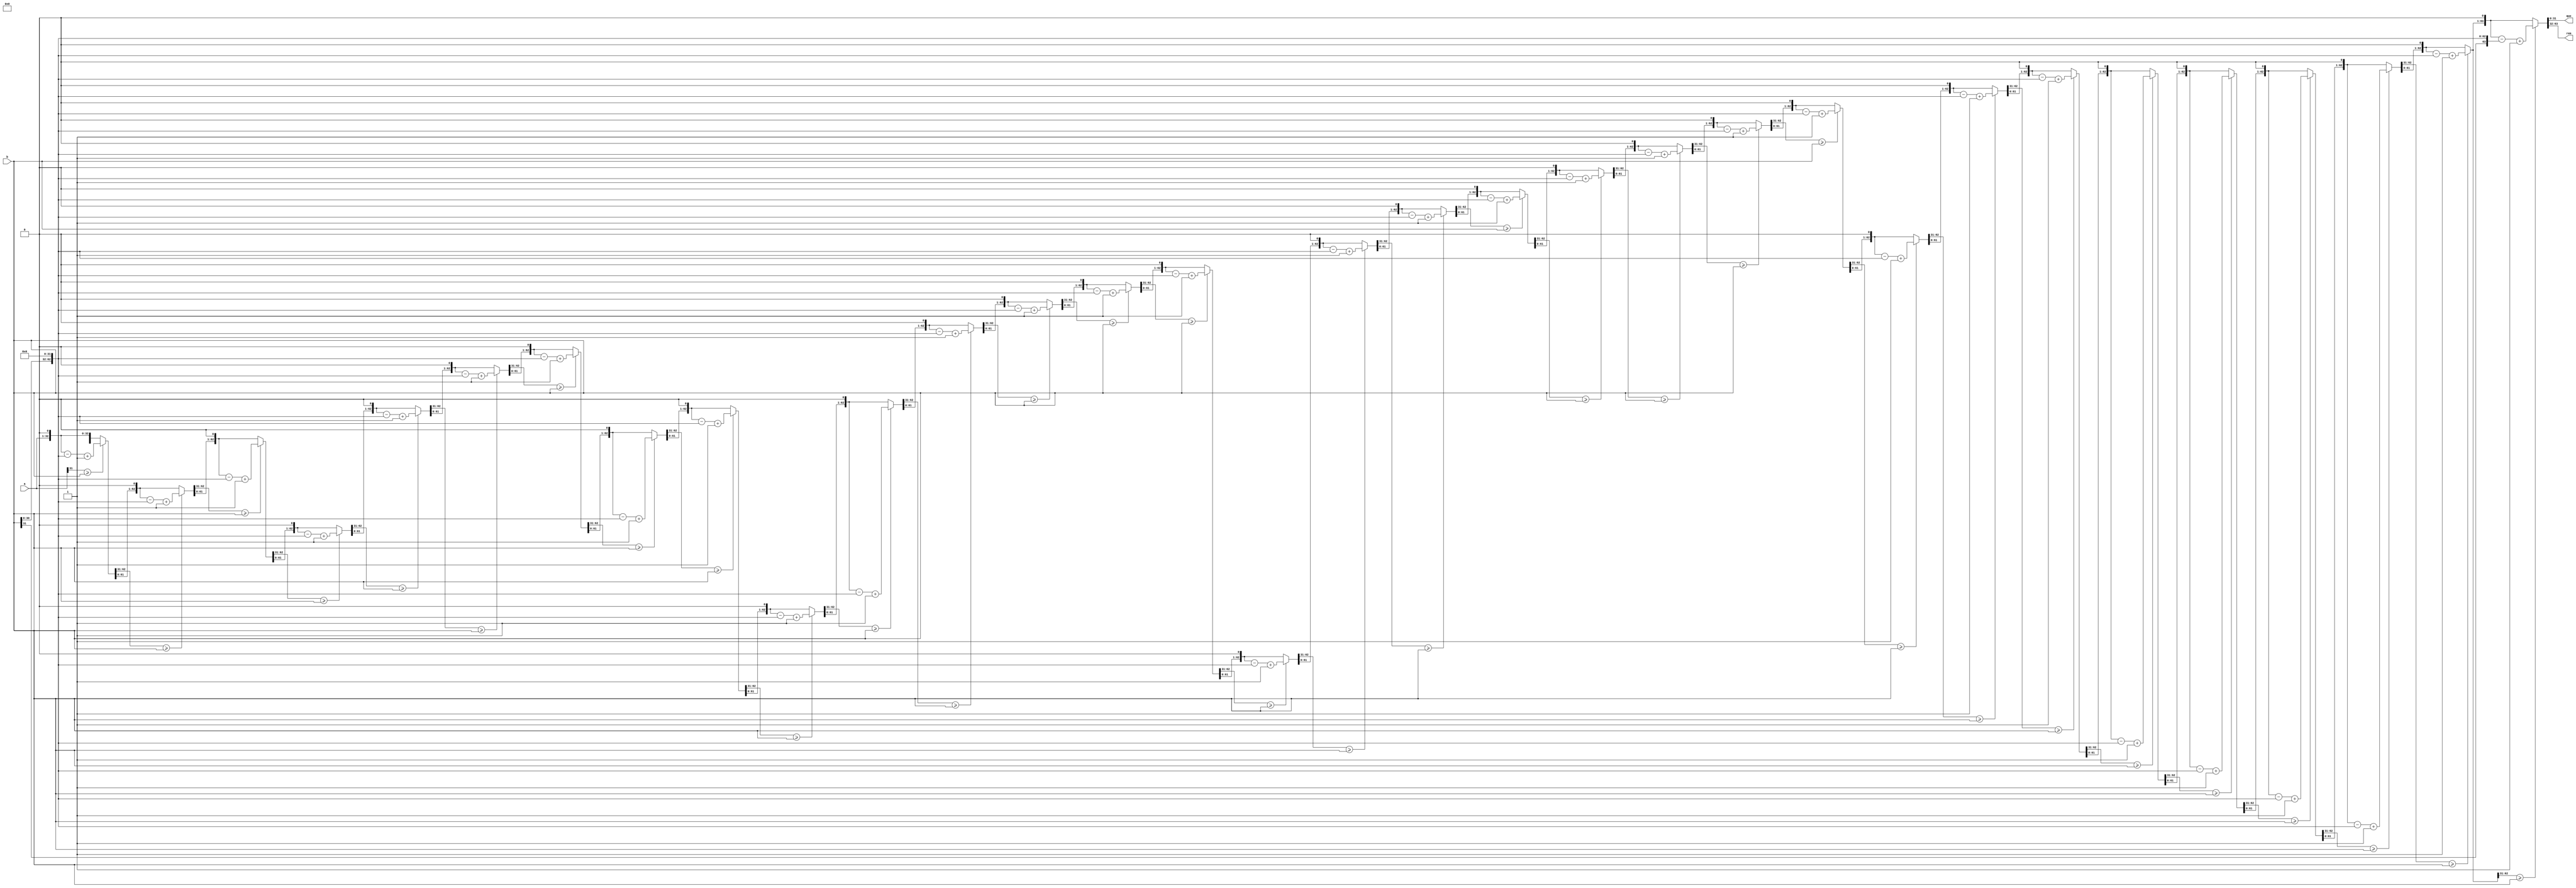
module div(
    input[31:0] a, 
    input[31:0] b,   //b==0quo=0, rem=a;

    output reg [31:0] quo,
    output reg [31:0] rem
);

reg[31:0] tempa;
reg[31:0] tempb;
reg[63:0] temp_a;
reg[63:0] temp_b;

integer i;
always @(a or b)
begin
    tempa <= a;
    tempb <= b;
end

always @(tempa or tempb)
begin
    temp_a = {32'h00000000,tempa};
    temp_b = {tempb,32'h00000000}; 
    for(i = 0;i < 32;i = i + 1)
        begin
            temp_a = {temp_a[62:0],1'b0};
            if(temp_a[63:32] >= tempb)
                temp_a = temp_a - temp_b + 1'b1;
            else
				temp_a = temp_a;
        end
    quo = temp_a[31:0];
    rem = temp_a[63:32];
end

endmodule